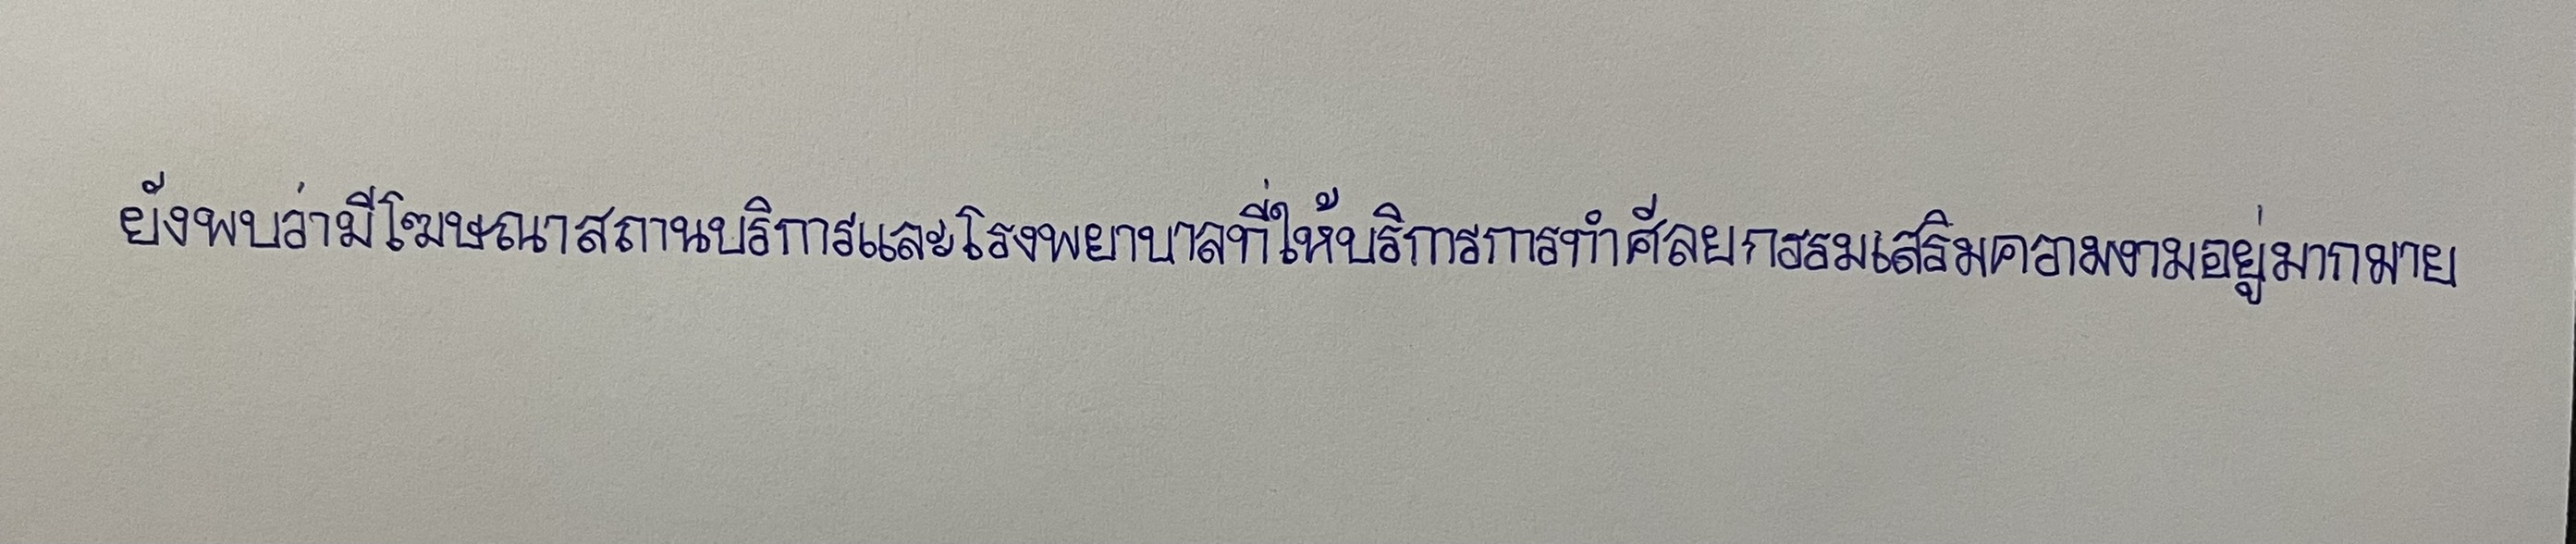
ยังพบว่ามีโฆษณาสถานบริการและโรงพยาบาลที่ให้บริการการทำศัลยกรรมเสริมความงามอยู่มากมาย